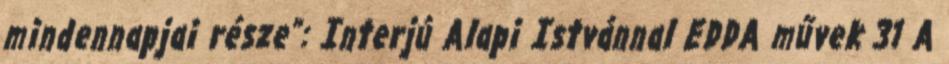
mindennapjai része”: Interjú Alapi Istvánnal EDDA művek 31 A